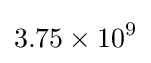
3.75\times 10^{9}